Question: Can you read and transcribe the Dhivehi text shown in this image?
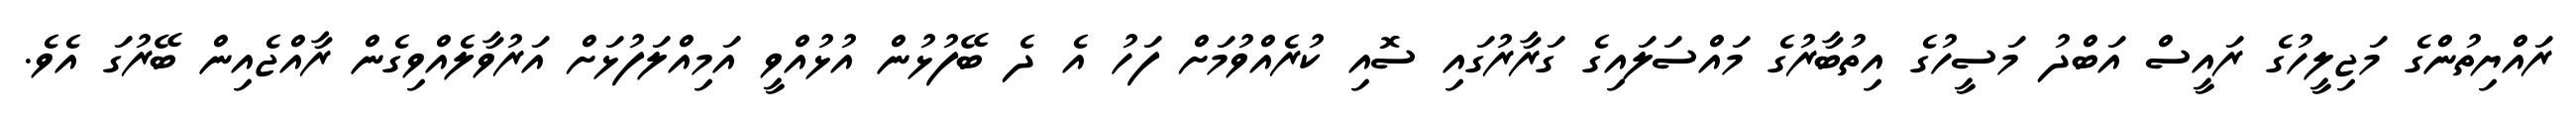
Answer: ރައްޔިތުންގެ މަޖިލީހުގެ ރައީސް އަބްދު މަސީހުގެ އިތުބާރުގެ މައްސަލައިގެ ގަރާރުގައި ސޮއި ކުރެއްވުމަށް ފަހު އެ ދެ ބޭފުޅުން އުޅުއްވީ އަމިއްލަފުޅަށް އަރުވާލެއްވިގެން ރާއްޖެއިން ބޭރުގަ އެވެ.